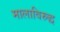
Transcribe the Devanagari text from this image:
मालाविरुद्ध